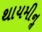
થાયમીનૢ